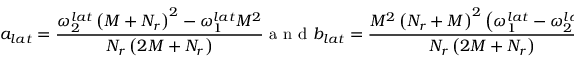
a _ { l a t } = \frac { \omega _ { 2 } ^ { l a t } \left( M + N _ { r } \right) ^ { 2 } - \omega _ { 1 } ^ { l a t } M ^ { 2 } } { N _ { r } \left( 2 M + N _ { r } \right) } \mathrm { ~ a ~ n ~ d ~ } b _ { l a t } = \frac { M ^ { 2 } \left( N _ { r } + M \right) ^ { 2 } \left( \omega _ { 1 } ^ { l a t } - \omega _ { 2 } ^ { l a t } \right) } { N _ { r } \left( 2 M + N _ { r } \right) } ,